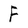
Character: F